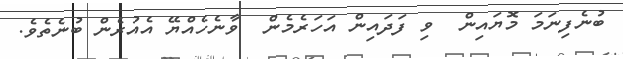
ބުނެފިނަމަ މޮޔައިން  ވި ފަދައިން އަހަރެމެން  ވާނެހެއްޔޭ އެއުރެން ބުނެތެވެ.